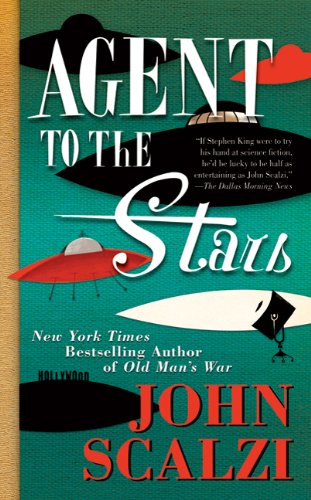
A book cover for Agent to the Stars; John Scalzi; Science Fiction & Fantasy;